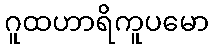
ဂူထဟာရိကူပမော